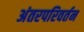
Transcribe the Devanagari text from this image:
अंतरपरिवर्तन